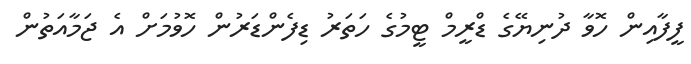
ފީފާއިން ހޮވާ ދުނިޔޭގެ ޑްރީމް ޓީމުގެ ހަތަރު ޑިފެންޑަރުން ހޮވުމަށް އެ ޖަމާއަތުން